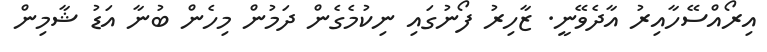
އިރޯއްސޭހާއިރު އާދެވޭނީ. ޒާހިރު ފޯނުގައި ނިކުމެގެން ދަމުން މިހެން ބުނާ އަޑު ޝާމިން